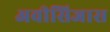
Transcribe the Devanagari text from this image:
अवीसिजास